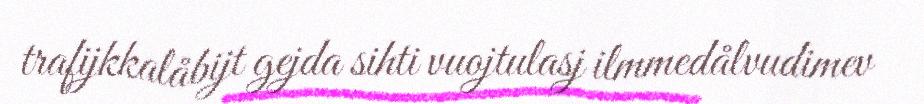
trafijkkalåbijt gejda sihti vuojtulasj ilmmedålvudimev